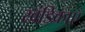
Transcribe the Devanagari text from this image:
खंडिकाएँ